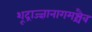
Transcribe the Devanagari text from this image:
शूद्राज्ज्ञानागमश्चैव